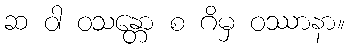
ဆ ဝါ ဝသန္တော စ ဂိမှ ဝဿာနာ။